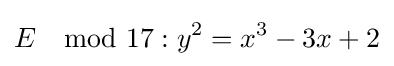
E\mod 17:y^{2}=x^{3}-3x+2